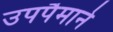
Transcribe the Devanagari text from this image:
उपपैमाने